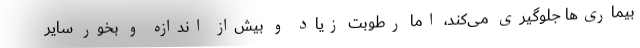
بیماری‌ها جلوگیری می‌کند، اما رطوبت زیاد و بیش‌از اندازه و بخور سایر